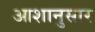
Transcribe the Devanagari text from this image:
आशानुसार